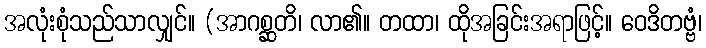
အလုံးစုံသည်သာလျှင်။ (အာဂစ္ဆတိ၊ လာ၏။ တထာ၊ ထိုအခြင်းအရာဖြင့်။ ဝေဒိတဗ္ဗံ၊